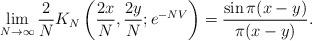
LaTeX: \begin{align*} \lim_{N \to \infty} \frac{2}{N} K_N \left(\frac{2x}{N}, \frac{2y}{N}; e^{-NV} \right)= \frac{\sin \pi(x-y)}{\pi(x-y)}. \end{align*}